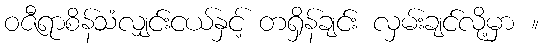
ဝဇီရာစိန်သံလျှင်းငယ်နှင့် တရှိန်ချင်း လှမ်းချင်လို့မှာ ။